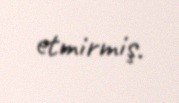
etmirmiş.